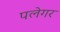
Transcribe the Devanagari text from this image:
पलेगर